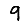
Digit: 9